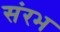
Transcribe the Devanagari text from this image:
संरभ